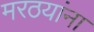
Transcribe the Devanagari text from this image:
मरठयांना